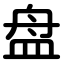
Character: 盘